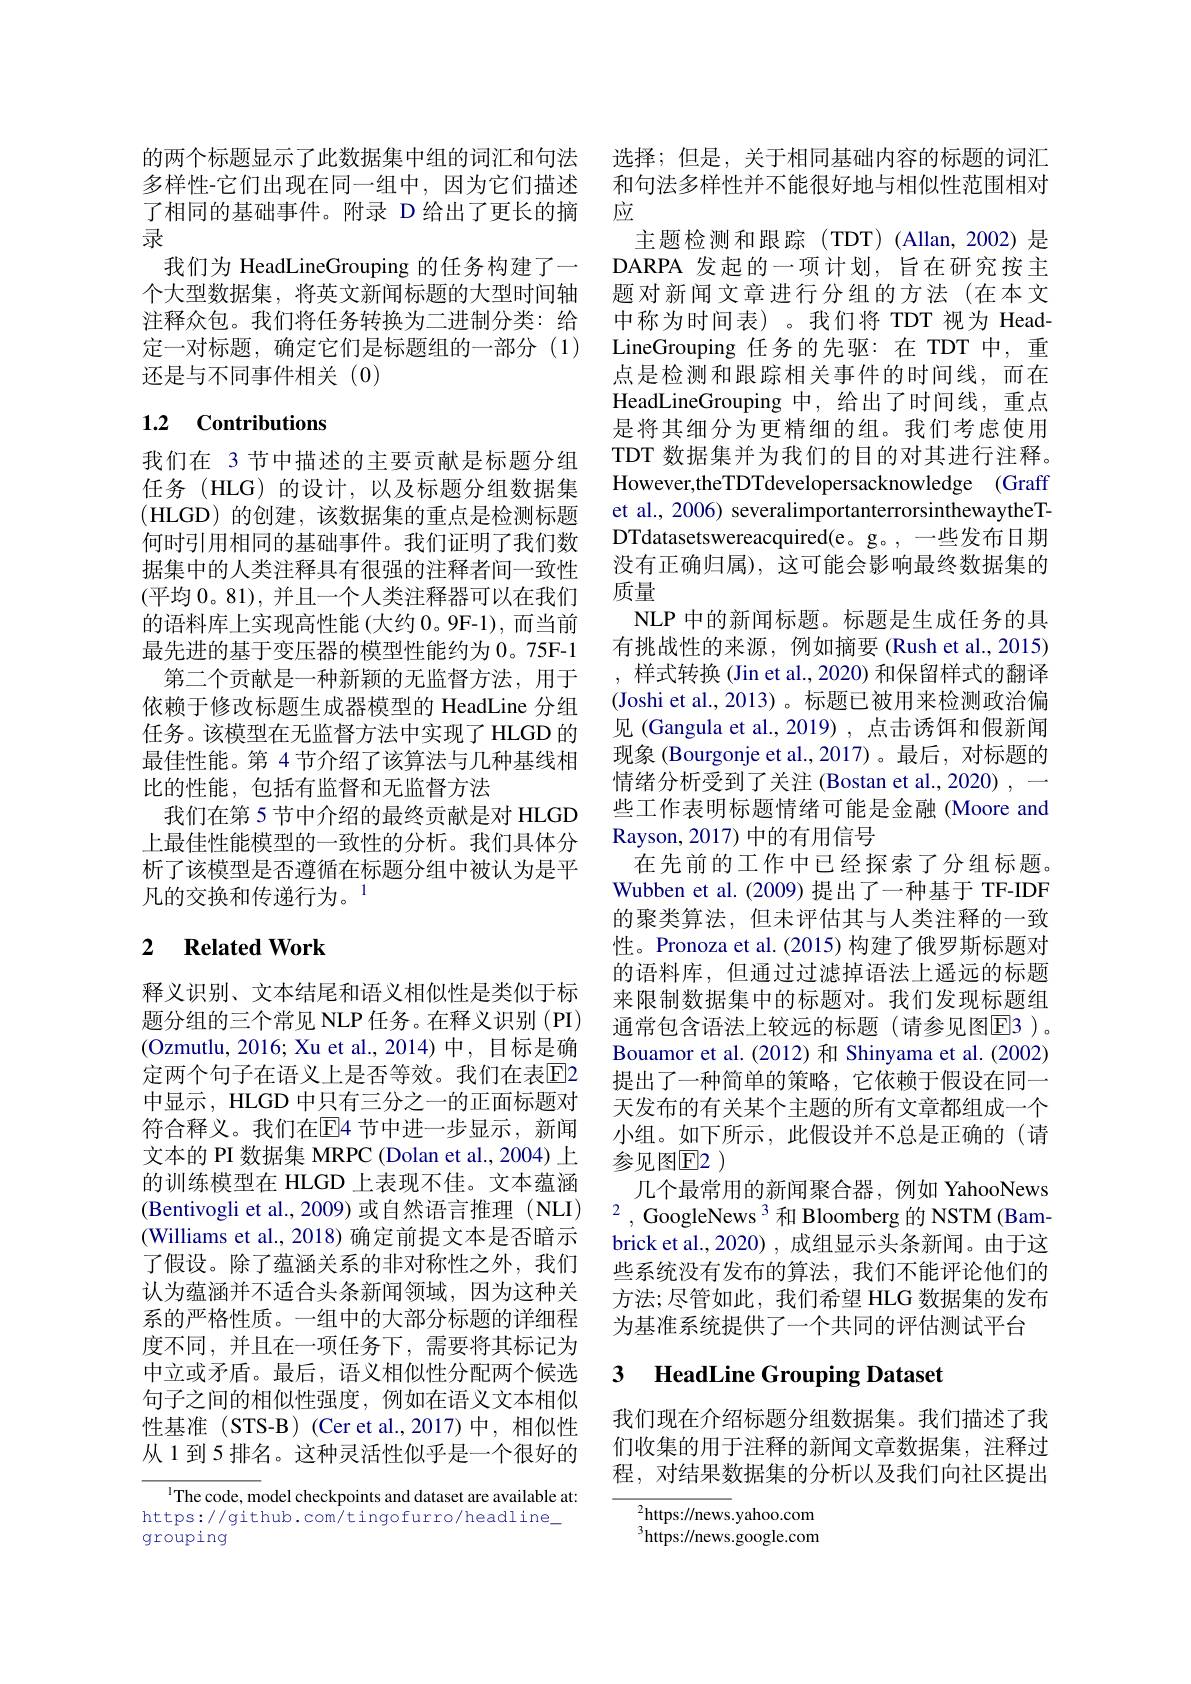
的两个标题显示了此数据集中组的词汇和句法 选择；但是，关于相同基础内容的标题的词汇多样性-它们出现在同一组中，因为它们描述 和句法多样性并不能很好地与相似性范围相对了相同的基础事件。附录 D 给出了更长的摘 应
录
我们为 HeadLineGrouping 的任务构建了一个大型数据集，将英文新闻标题的大型时间轴注释众包。我们将任务转换为二进制分类：给定一对标题，确定它们是标题组的一部分(1) 还是与不同事件相关(0)

## 1.2 Contributions

我们在 3 节中描述的主要贡献是标题分组任务 (HLG)的设计，以及标题分组数据集(HLGD)的创建，该数据集的重点是检测标题何时引用相同的基础事件。我们证明了我们数据集中的人类注释具有很强的注释者间一致性(平均 0。81), 并且一个人类注释器可以在我们的语料库上实现高性能(大约 0。9F-1),而当前最先进的基于变压器的模型性能约为 0。75F-1
第二个贡献是一种新颖的无监督方法，用于依赖于修改标题生成器模型的 HeadLine 分组任务。该模型在无监督方法中实现了 HLGD 的最佳性能。第 4 节介绍了该算法与几种基线相比的性能，包括有监督和无监督方法
我们在第 5 节中介绍的最终贡献是对 HLGD 上最佳性能模型的一致性的分析。我们具体分析了该模型是否遵循在标题分组中被认为是平凡的交换和传递行为。$^{1}$

## 2 $\textbf{Related Work}$

释义识别、文本结尾和语义相似性是类似于标题分组的三个常见 NLP 任务。在释义识别 (PI) (Ozmutlu, 2016; Xu et al., 2014) 中，目标是确定两个句子在语义上是否等效。我们在表$\overline{\mathrm{E}}$2中显示，HLGD 中只有三分之一的正面标题对符合释义。我们在E4 节中进一步显示，新闻文本的 PI 数据集 MRPC (Dolan et al., 2004) 上的训练模型在 HLGD 上表现不佳。文本蕴涵(Williams et al., 2018) 确定前提文本是否暗示了假设。除了蕴涵关系的非对称性之外，我们认为蕴涵并不适合头条新闻领域，因为这种关系的严格性质。一组中的大部分标题的详细程度不同，并且在一项任务下，需要将其标记为中立或矛盾。最后，语义相似性分配两个候选句子之间的相似性强度，例如在语义文本相似性基准(STS-B)(Cer et al.,2017)中，相似性从 1 到 5 排名。这种灵活性似乎是一个很好的

$^{1}$The code, model checkpoints and dataset are available at: https://github.com/tingofurro/headline_ grouping

主题检测和跟踪(TDT)(Allan,2002)是DARPA 发起的一项计划，旨在研究按主题对新闻文章进行分组的方法(在本文中称为时间表)。我们将 TDT 视为 HeadLineGrouping 任务的先驱：在 TDT 中，重点是检测和跟踪相关事件的时间线，而在HeadLineGrouping 中，给出了时间线，重点是将其细分为更精细的组。我们考虑使用TDT 数据集并为我们的目的对其进行注释。However,theTDTdevelopersacknowledge (Graff et al., 2006) severalimportanterrorsinthewaytheTDTdatasetswereacquired(e。g。, 一些发布日期没有正确归属), 这可能会影响最终数据集的质量
NLP 中的新闻标题。标题是生成任务的具有挑战性的来源，例如摘要(Rush et al.,2015) ,样式转换 (Jin et al., 2020) 和保留样式的翻译(Joshi et al., 2013)。标题已被用来检测政治偏见 (Gangula et al., 2019) , 点击诱饵和假新闻现象 (Bourgonje et al.,2017)。最后，对标题的情绪分析受到了关注 (Bostan et al., 2020) , 一些工作表明标题情绪可能是金融(Moore and Rayson, 2017) 中的有用信号
在先前的工作中已经探索了分组标题。Wubben et al.(2009) 提出了一种基于 TF-IDF 的聚类算法，但未评估其与人类注释的一致性。Pronoza et al.(2015) 构建了俄罗斯标题对的语料库，但通过过滤掉语法上遥远的标题来限制数据集中的标题对。我们发现标题组通常包含语法上较远的标题(请参见图E3 )。Bouamor et al.(2012) 和 Shinyama et al.(2002) 提出了一种简单的策略，它依赖于假设在同一天发布的有关某个主题的所有文章都组成一个小组。如下所示，此假设并不总是正确的(请参见图$\mathbb{E}$2 )
几个最常用的新闻聚合器，例如 YahooNews
$\begin{aligned} & \text{( Bentivogli et al. , 2009) 或 自 然 语 言 推 理 ( NLI) }\\ & \text{( Williams at al 2018) 确 定 前 提 立 本 具 不 赔 示 }\end{aligned}$ $2, \text{GoogleNews}^{3}$和 Bloomberg 的 NSTM (Bam-
brick et al., 2020) , 成组显示头条新闻。由于这些系统没有发布的算法，我们不能评论他们的方法；尽管如此，我们希望 HLG 数据集的发布为基准系统提供了一个共同的评估测试平台

### 3 HeadLine Grouping Dataset

我们现在介绍标题分组数据集。我们描述了我们收集的用于注释的新闻文章数据集，注释过程，对结果数据集的分析以及我们向社区提出

$^2$https://news.yahoo.com $^{3}$https://news.google.com